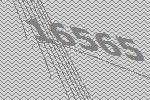
16565